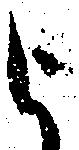
被